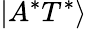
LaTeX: \left|A^{*}T^{*}\right\rangle